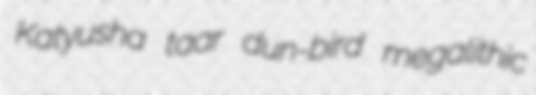
Katyusha taar dun-bird megalithic